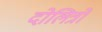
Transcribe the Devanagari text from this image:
दोलित्रों